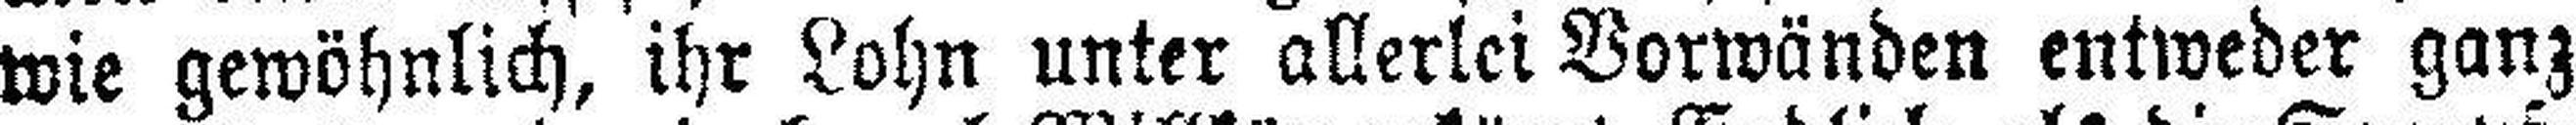
wie gewöhnlich, ihr Lohn unter allerlei Borwänden entweder ganz